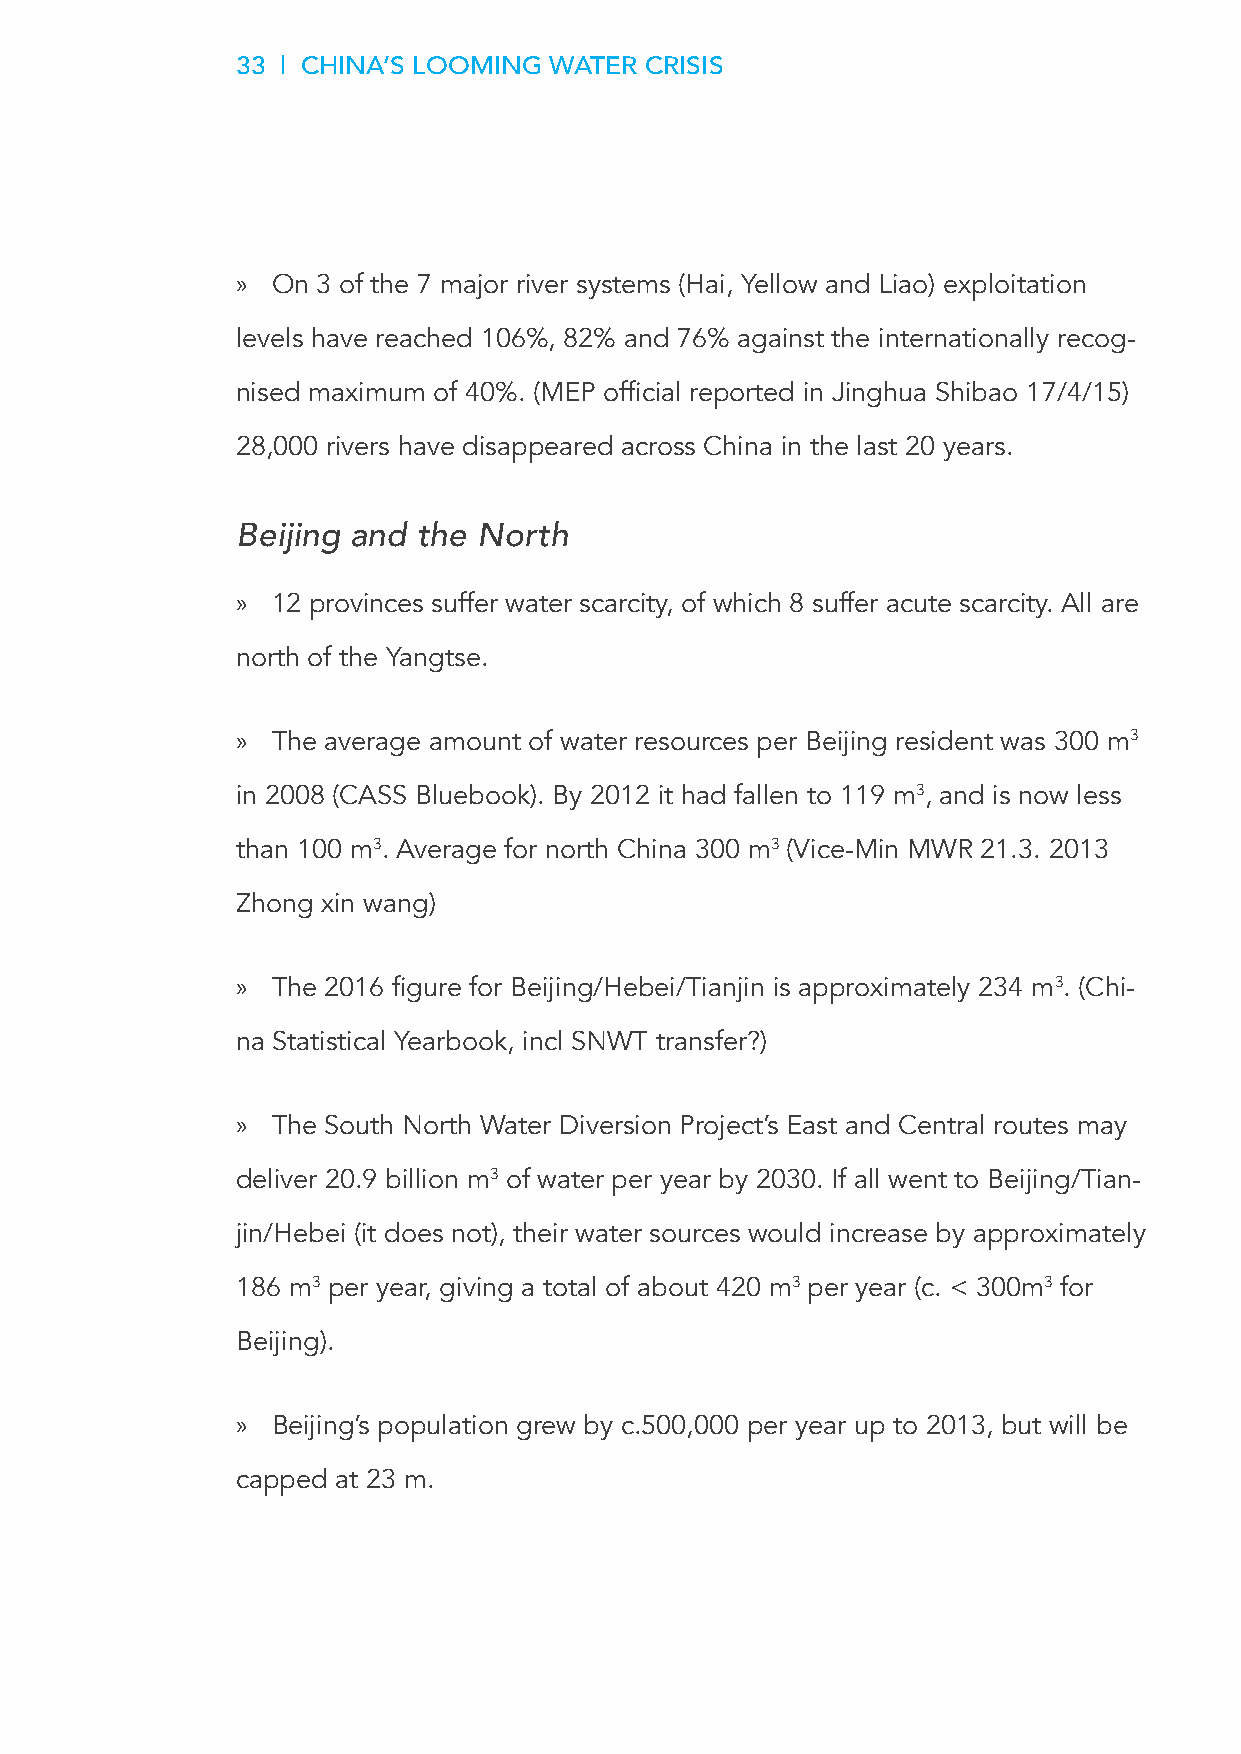
33 | CHINA’S LOOMING WATER CRISIS
 » On 3 of the 7 major river systems (Hai, Yellow and Liao) exploitation
 levels have reached 106%, 82% and 76% against the internationally recog-
 nised maximum of 40%. (MEP official reported in Jinghua Shibao 17/4/15)
 28,000 rivers have disappeared across China in the last 20 years.
 Beijing and the North
 » 12 provinces suffer water scarcity, of which 8 suffer acute scarcity. All are
 north of the Yangtse.
 » The average amount of water resources per Beijing resident was 300 m3
 in 2008 (CASS Bluebook). By 2012 it had fallen to 119 m3, and is now less
 than 100 m3. Average for north China 300 m3 (Vice-Min MWR 21.3. 2013
 Zhong xin wang)
 » The 2016 figure for Beijing/Hebei/Tianjin is approximately 234 m3. (Chi-
 na Statistical Yearbook, incl SNWT transfer?)
 » The South North Water Diversion Project’s East and Central routes may
 deliver 20.9 billion m3 of water per year by 2030. If all went to Beijing/Tian-
 jin/Hebei (it does not), their water sources would increase by approximately
 186 m3 per year, giving a total of about 420 m3 per year (c. < 300m3 for
 Beijing).
 » Beijing’s population grew by c.500,000 per year up to 2013, but will be
 capped at 23 m.